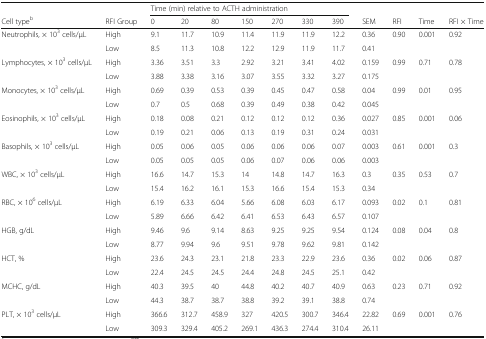
<table><thead><tr><td></td><td></td><td colspan="7"><b>Time (min) relative to ACTH administration</b></td><td></td><td></td><td></td><td></td></tr><tr><td><b>Cell type<sup>b</sup></b></td><td><b>RFI Group</b></td><td><b>0</b></td><td><b>20</b></td><td><b>80</b></td><td><b>150</b></td><td><b>270</b></td><td><b>330</b></td><td><b>390</b></td><td><b>SEM</b></td><td><b>RFI</b></td><td><b>Time</b></td><td><b>RFI × Time</b></td></tr></thead><tbody><tr><td rowspan="2">Neutrophils, × 10<sup>3</sup> cells/μL</td><td>High</td><td>9.1</td><td>11.7</td><td>10.9</td><td>11.4</td><td>11.9</td><td>11.9</td><td>12.2</td><td>0.36</td><td>0.90</td><td>0.001</td><td>0.92</td></tr><tr><td>Low</td><td>8.5</td><td>11.3</td><td>10.8</td><td>12.2</td><td>12.9</td><td>11.9</td><td>11.7</td><td>0.41</td><td></td><td></td><td></td></tr><tr><td rowspan="2">Lymphocytes, × 10<sup>3</sup> cells/μL</td><td>High</td><td>3.36</td><td>3.51</td><td>3.3</td><td>2.92</td><td>3.21</td><td>3.41</td><td>4.02</td><td>0.159</td><td>0.99</td><td>0.71</td><td>0.78</td></tr><tr><td>Low</td><td>3.88</td><td>3.38</td><td>3.16</td><td>3.07</td><td>3.55</td><td>3.32</td><td>3.27</td><td>0.175</td><td></td><td></td><td></td></tr><tr><td rowspan="2">Monocytes, × 10<sup>3</sup> cells/μL</td><td>High</td><td>0.69</td><td>0.39</td><td>0.53</td><td>0.39</td><td>0.45</td><td>0.47</td><td>0.58</td><td>0.04</td><td>0.99</td><td>0.01</td><td>0.95</td></tr><tr><td>Low</td><td>0.7</td><td>0.5</td><td>0.68</td><td>0.39</td><td>0.49</td><td>0.38</td><td>0.42</td><td>0.045</td><td></td><td></td><td></td></tr><tr><td rowspan="2">Eosinophils, × 10<sup>3</sup> cells/μL</td><td>High</td><td>0.18</td><td>0.08</td><td>0.21</td><td>0.12</td><td>0.12</td><td>0.12</td><td>0.36</td><td>0.027</td><td>0.85</td><td>0.001</td><td>0.06</td></tr><tr><td>Low</td><td>0.19</td><td>0.21</td><td>0.06</td><td>0.13</td><td>0.19</td><td>0.31</td><td>0.24</td><td>0.031</td><td></td><td></td><td></td></tr><tr><td rowspan="2">Basophils, × 10<sup>3</sup> cells/μL</td><td>High</td><td>0.05</td><td>0.06</td><td>0.05</td><td>0.06</td><td>0.06</td><td>0.06</td><td>0.07</td><td>0.003</td><td>0.61</td><td>0.001</td><td>0.3</td></tr><tr><td>Low</td><td>0.05</td><td>0.05</td><td>0.05</td><td>0.06</td><td>0.07</td><td>0.06</td><td>0.06</td><td>0.003</td><td></td><td></td><td></td></tr><tr><td rowspan="2">WBC, × 10<sup>3</sup> cells/μL</td><td>High</td><td>16.6</td><td>14.7</td><td>15.3</td><td>14</td><td>14.8</td><td>14.7</td><td>16.3</td><td>0.3</td><td>0.35</td><td>0.53</td><td>0.7</td></tr><tr><td>Low</td><td>15.4</td><td>16.2</td><td>16.1</td><td>15.3</td><td>16.6</td><td>15.4</td><td>15.3</td><td>0.34</td><td></td><td></td><td></td></tr><tr><td rowspan="2">RBC, × 10<sup>6</sup> cells/μL</td><td>High</td><td>6.19</td><td>6.33</td><td>6.04</td><td>5.66</td><td>6.08</td><td>6.03</td><td>6.17</td><td>0.093</td><td>0.02</td><td>0.1</td><td>0.81</td></tr><tr><td>Low</td><td>5.89</td><td>6.66</td><td>6.42</td><td>6.41</td><td>6.53</td><td>6.43</td><td>6.57</td><td>0.107</td><td></td><td></td><td></td></tr><tr><td rowspan="2">HGB, g/dL</td><td>High</td><td>9.46</td><td>9.6</td><td>9.14</td><td>8.63</td><td>9.25</td><td>9.25</td><td>9.54</td><td>0.124</td><td>0.08</td><td>0.04</td><td>0.8</td></tr><tr><td>Low</td><td>8.77</td><td>9.94</td><td>9.6</td><td>9.51</td><td>9.78</td><td>9.62</td><td>9.81</td><td>0.142</td><td></td><td></td><td></td></tr><tr><td rowspan="2">HCT, %</td><td>High</td><td>23.6</td><td>24.3</td><td>23.1</td><td>21.8</td><td>23.3</td><td>22.9</td><td>23.6</td><td>0.36</td><td>0.02</td><td>0.06</td><td>0.87</td></tr><tr><td>Low</td><td>22.4</td><td>24.5</td><td>24.5</td><td>24.4</td><td>24.8</td><td>24.5</td><td>25.1</td><td>0.42</td><td></td><td></td><td></td></tr><tr><td rowspan="2">MCHC, g/dL</td><td>High</td><td>40.3</td><td>39.5</td><td>40</td><td>44.8</td><td>40.2</td><td>40.7</td><td>40.9</td><td>0.63</td><td>0.23</td><td>0.71</td><td>0.92</td></tr><tr><td>Low</td><td>44.3</td><td>38.7</td><td>38.7</td><td>38.8</td><td>39.2</td><td>39.1</td><td>38.8</td><td>0.74</td><td></td><td></td><td></td></tr><tr><td rowspan="2">PLT, × 10<sup>3</sup> cells/μL</td><td>High</td><td>366.6</td><td>312.7</td><td>458.9</td><td>327</td><td>420.5</td><td>300.7</td><td>346.4</td><td>22.82</td><td>0.69</td><td>0.001</td><td>0.76</td></tr><tr><td>Low</td><td>309.3</td><td>329.4</td><td>405.2</td><td>269.1</td><td>436.3</td><td>274.4</td><td>310.4</td><td>26.11</td><td></td><td></td><td></td></tr></tbody></table>